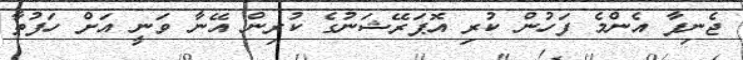
ޖެނިފާ އެންމެ ފަހުން ކުރި އޮޕަރޭޝަނުގެ ކުރިން އޭނާ ވަނީ އަށް ހަފުތާ